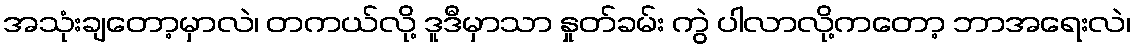
အသုံးချတော့မှာလဲ၊ တကယ်လို့ ဒူဒီမှာသာ နှုတ်ခမ်း ကွဲ ပါလာလို့ကတော့ ဘာအရေးလဲ၊